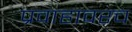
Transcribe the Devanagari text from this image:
प्रवाहावरच